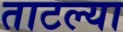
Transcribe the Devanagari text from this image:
ताटल्या